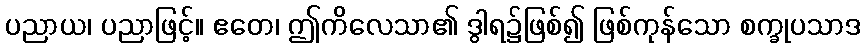
ပညာယ၊ ပညာဖြင့်။ ဧတေ၊ ဤကိလေသာ၏ ဒွါရ၌ဖြစ်၍ ဖြစ်ကုန်သော စက္ခုပသာဒ